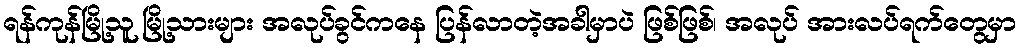
ရန်ကုန်မြို့သူ မြို့သားများ အလုပ်ခွင်ကနေ ပြန်လာတဲ့အခါမှာပဲ ဖြစ်ဖြစ်၊ အလုပ် အားလပ်ရက်တွေမှာ